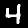
Digit: 4